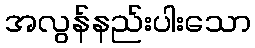
အလွန်နည်းပါးသော